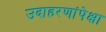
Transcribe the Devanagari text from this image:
उदाहरणांपेक्षा